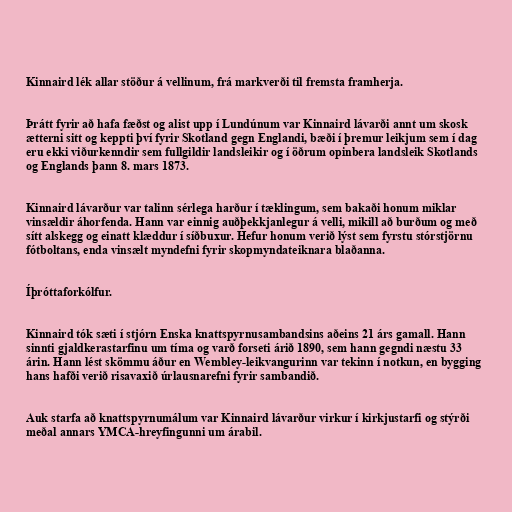
Kinnaird lék allar stöður á vellinum, frá markverði til fremsta framherja.

Þrátt fyrir að hafa fæðst og alist upp í Lundúnum var Kinnaird lávarði annt um skosk
ætterni sitt og keppti því fyrir Skotland gegn Englandi, bæði í þremur leikjum sem í dag
eru ekki viðurkenndir sem fullgildir landsleikir og í öðrum opinbera landsleik Skotlands
og Englands þann 8. mars 1873.

Kinnaird lávarður var talinn sérlega harður í tæklingum, sem bakaði honum miklar
vinsældir áhorfenda. Hann var einnig auðþekkjanlegur á velli, mikill að burðum og með
sítt alskegg og einatt klæddur í síðbuxur. Hefur honum verið lýst sem fyrstu stórstjörnu
fótboltans, enda vinsælt myndefni fyrir skopmyndateiknara blaðanna.

Íþróttaforkólfur.

Kinnaird tók sæti í stjórn Enska knattspyrnusambandsins aðeins 21 árs gamall. Hann
sinnti gjaldkerastarfinu um tíma og varð forseti árið 1890, sem hann gegndi næstu 33
árin. Hann lést skömmu áður en Wembley-leikvangurinn var tekinn í notkun, en bygging
hans hafði verið risavaxið úrlausnarefni fyrir sambandið.

Auk starfa að knattspyrnumálum var Kinnaird lávarður virkur í kirkjustarfi og stýrði
meðal annars YMCA-hreyfingunni um árabil.